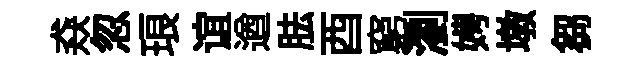
猋忽琅谊遒胠酉窮瀏娉墩芻